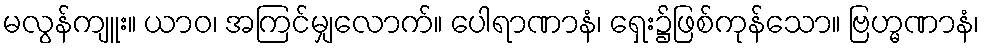
မလွန်ကျူး။ ယာဝ၊ အကြင်မျှလောက်။ ပေါရာဏာနံ၊ ရှေး၌ဖြစ်ကုန်သော။ ဗြဟ္မဏာနံ၊